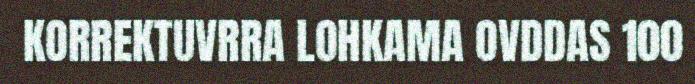
KORREKTUVRRA LOHKAMA OVDDAS 100